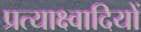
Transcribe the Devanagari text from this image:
प्रत्याक्ष्वादियों